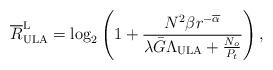
LaTeX: \begin{align*}{\overline{R}}^{\mathrm{L}}_\mathrm{ULA}= {\log _2}\left( 1 + \frac{{ N^2 \beta }r^{-{\overline{\alpha}}}}{{ { \lambda \bar{G} \Lambda_\mathrm{ULA }+\frac {N_o}{P_t} } }} \right),\end{align*}